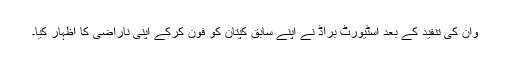
وان کی تنقید کے بعد اسٹیورٹ براڈ نے اپنے سابق کپتان کو فون کرکے اپنی ناراضی کا اظہار کیا۔